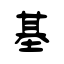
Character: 基